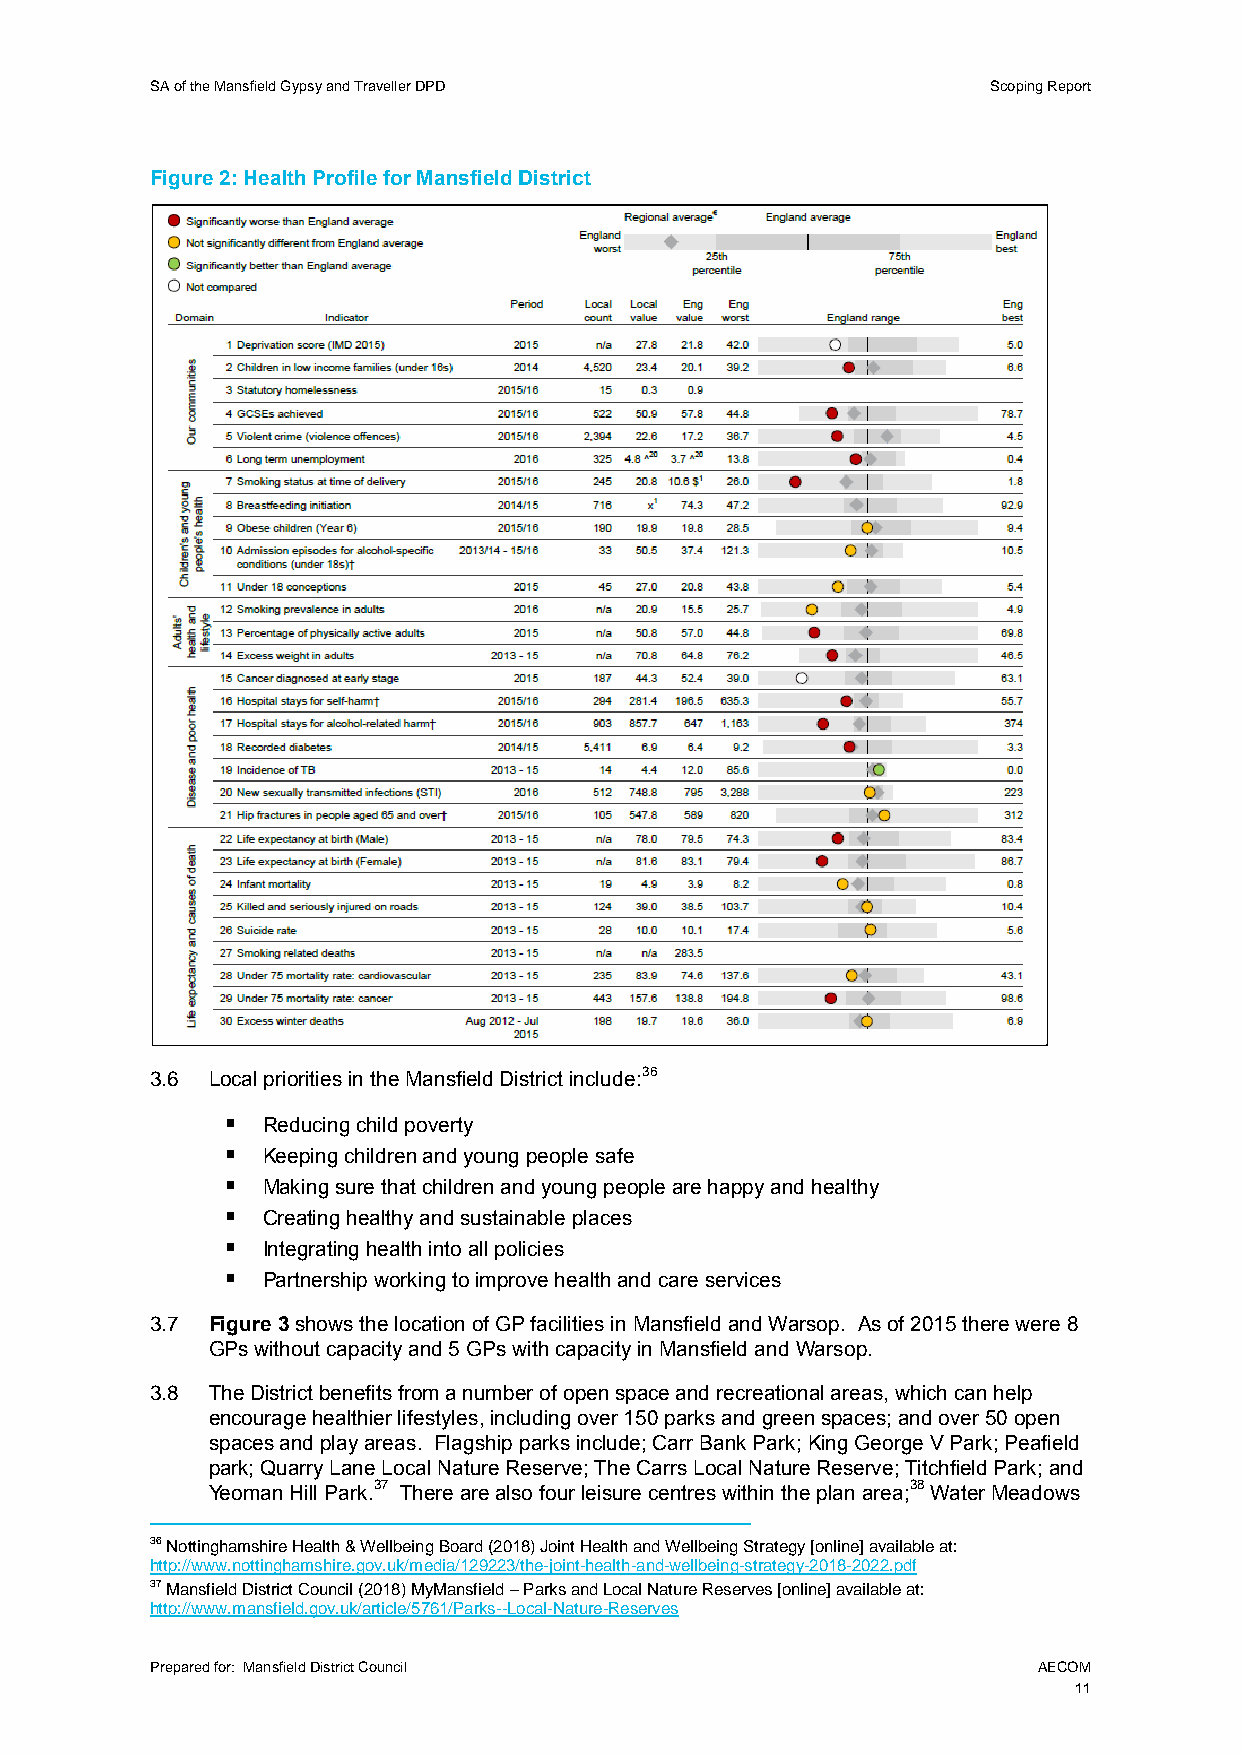
SA of the Mansfield Gypsy and Traveller DPD             Scoping Report
 Figure 2: Health Profile for Mansfield District
 3.6 Local priorities in the Mansfield District include:36
  Reducing child poverty
  Keeping children and young people safe
  Making sure that children and young people are happy and healthy
  Creating healthy and sustainable places
  Integrating health into all policies
  Partnership working to improve health and care services
 3.7 Figure 3 shows the location of GP facilities in Mansfield and Warsop. As of 2015 there were 8
 GPs without capacity and 5 GPs with capacity in Mansfield and Warsop.
 3.8 The District benefits from a number of open space and recreational areas, which can help
 encourage healthier lifestyles, including over 150 parks and green spaces; and over 50 open
 spaces and play areas. Flagship parks include; Carr Bank Park; King George V Park; Peafield
 park; Quarry Lane Local Nature Reserve; The Carrs Local Nature Reserve; Titchfield Park; and
 Yeoman Hill Park.37 There are also four leisure centres within the plan area;38 Water Meadows
 36 Nottinghamshire Health & Wellbeing Board (2018) Joint Health and Wellbeing Strategy [online] available at:
 http://www.nottinghamshire.gov.uk/media/129223/the-joint-health-and-wellbeing-strategy-2018-2022.pdf
 37 Mansfield District Council (2018) MyMansfield – Parks and Local Nature Reserves [online] available at:
 http://www.mansfield.gov.uk/article/5761/Parks--Local-Nature-Reserves
 Prepared for: Mansfield District Council                   AECOM
 11